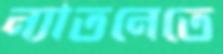
ন্যাতনেতে